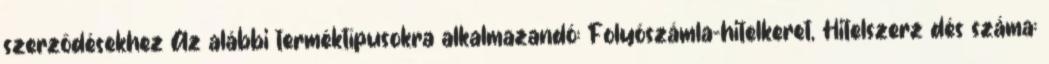
szerződésekhez Az alábbi terméktípusokra alkalmazandó: Folyószámla-hitelkeret, Hitelszerz dés száma: